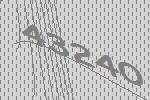
43240